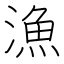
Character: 漁